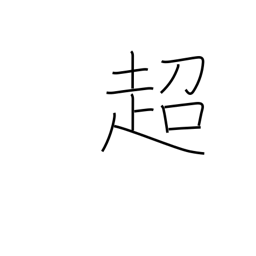
Meaning: transcend